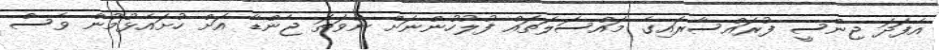
އެފަދަ ޖިންސީ ފުރައްސާރައިގެ މައްސަލަތައް ފުލުހުންނަށް ނުވަތަ ޖެންޑާ އަށް ހުށައެޅުމުން ވެސް